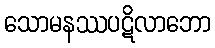
သောမနဿပဋိလာဘော